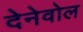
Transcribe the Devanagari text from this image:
देनेवोल